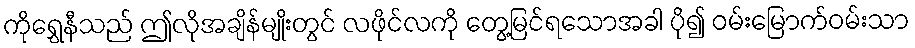
ကိုရွှေနီသည် ဤလိုအချိန်မျိုးတွင် လဖိုင်လကို တွေ့မြင်ရသောအခါ ပို၍ ဝမ်းမြောက်ဝမ်းသာ